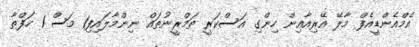
އެމްއެންޑީއެފް މާލޭ އޭރިއާއިން ހިންގި އަސްކަރީ ތަމްރީނުތައް ނިންމާލައިފި1 މަސް 1 ހަފްތާ